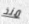
منذ